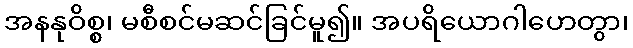
အနနုဝိစ္စ၊ မစီစင်မဆင်ခြင်မူ၍။ အပရိယောဂါဟေတွာ၊